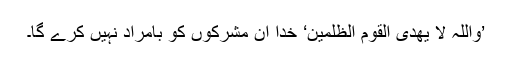
’وَاللّٰہُ لَا یَھْدِی الْقَوْمَ الظّٰلِمِیْنَ‘ خدا ان مشرکوں کو بامراد نہیں کرے گا۔